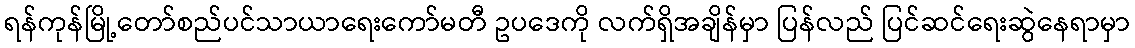
ရန်ကုန်မြို့တော်စည်ပင်သာယာရေးကော်မတီ ဥပဒေကို လက်ရှိအချိန်မှာ ပြန်လည် ပြင်ဆင်ရေးဆွဲနေရာမှာ